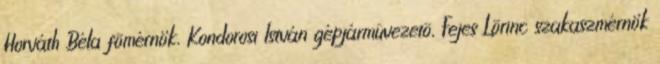
Horváth Béla fõmérnök, Kondorosi István gépjármûvezetõ, Fejes Lõrinc szakaszmérnök